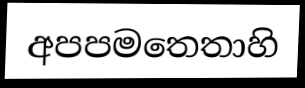
අපපමතෙතාහි